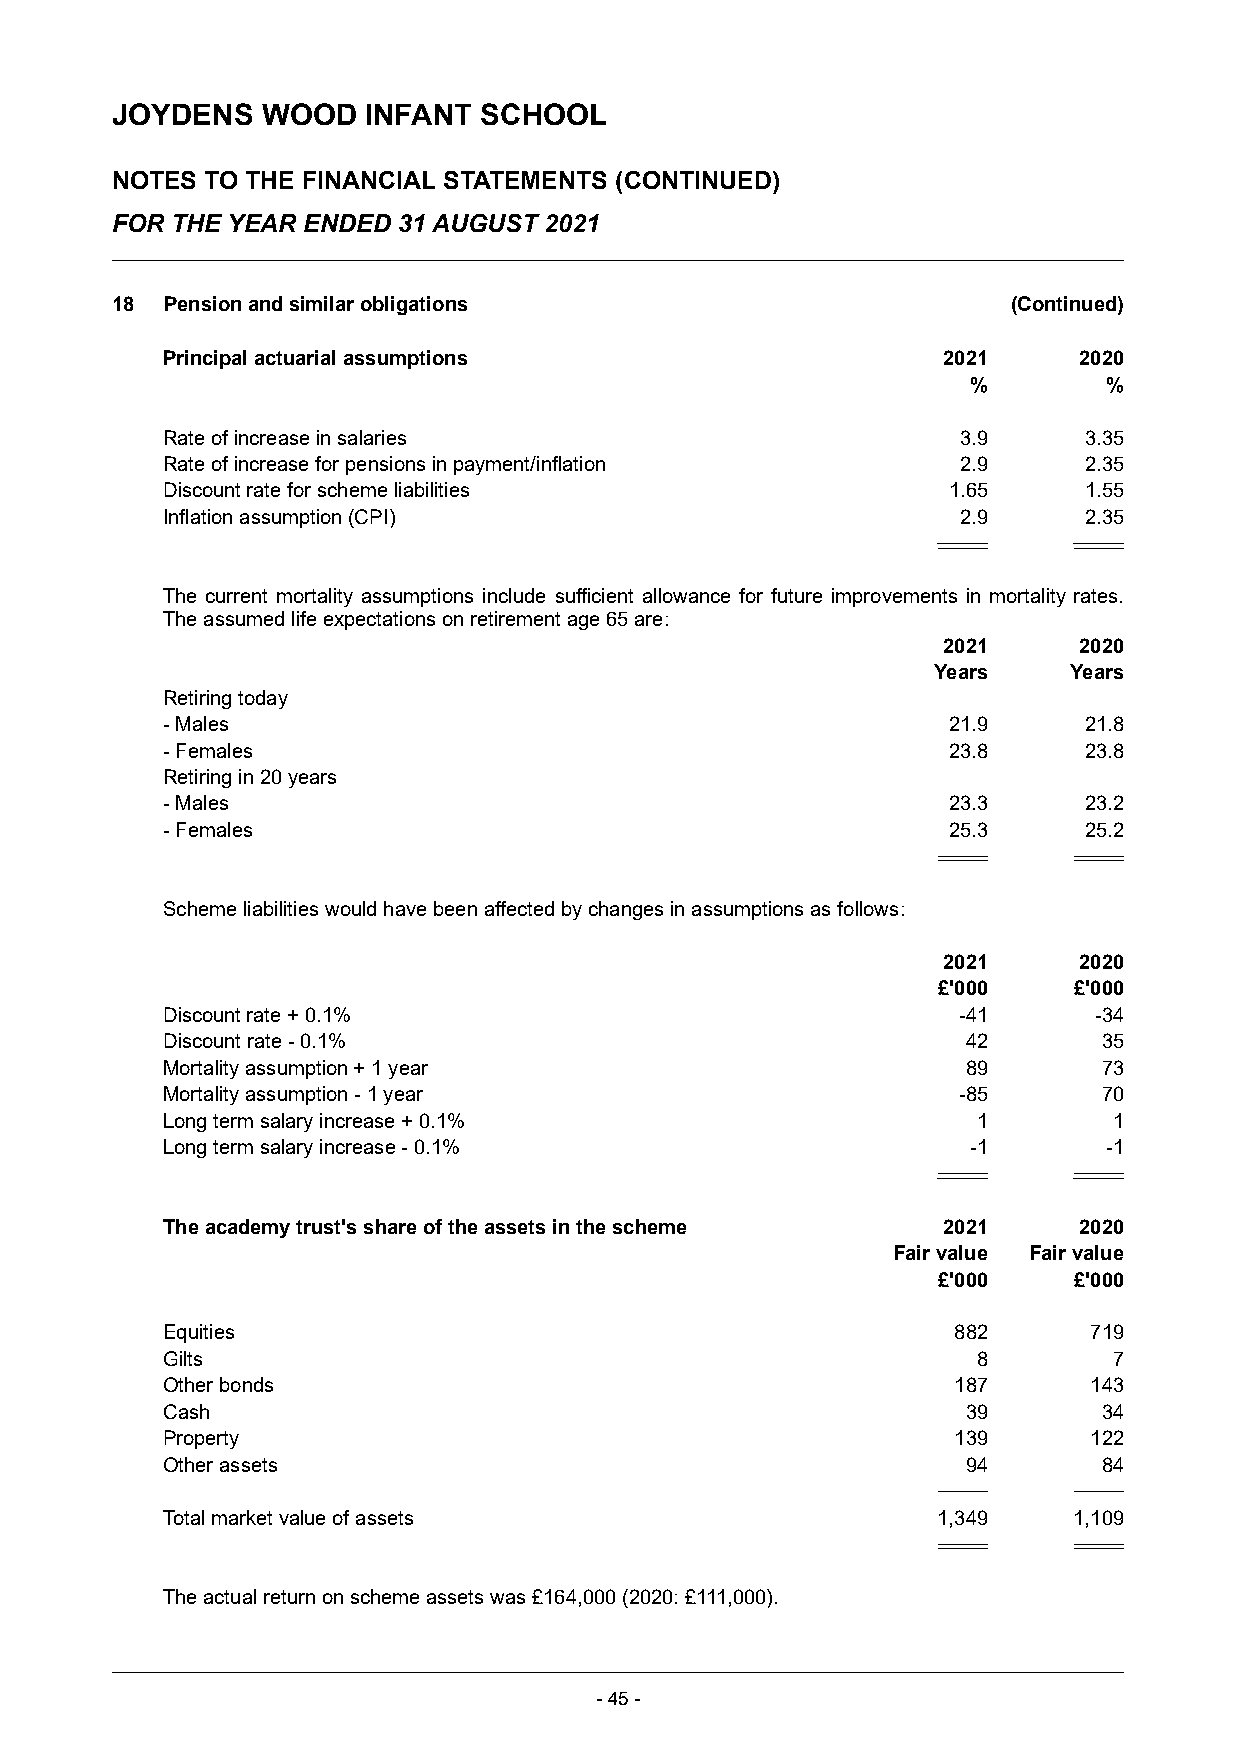
JOYDENS   WOOD   INFANT  SCHOOL
 NOTES  TO THE FINANCIAL STATEMENTS (CONTINUED)
 FOR THE YEAR ENDED 31 AUGUST 2021
 18  Pension and similar obligations                         (Continued)
 Principal actuarial assumptions                    2021     2020
 %        %
 Rate of increase in salaries                         3.9     3.35
 Rate of increase for pensions in payment/inflation   2.9     2.35
 Discount rate for scheme liabilities                1.65     1.55
 Inflation assumption (CPI)                           2.9     2.35
 The current mortality assumptions include sufficient allowance for future improvements in mortality rates.
 The assumed life expectations on retirement age 65 are:
 2021     2020
 Years    Years
 Retiring today
 -Males                                              21.9     21.8
 -Females                                            23.8     23.8
 Retiring in 20 years
 -Males                                              23.3     23.2
 -Females                                            25.3     25.2
 Scheme liabilities would have been affected by changes in assumptions as follows:
 2021     2020
 £'000    £'000
 Discount rate + 0.1%                                -41      -34
 Discount rate -0.1%                                  42       35
 Mortality assumption + 1 year                        89       73
 Mortality assumption -1 year                        -85       70
 Long term salary increase + 0.1%                      1        1
 Long term salary increase -0.1%                      -1       -1
 The academy trust's share of the assets in the scheme 2021  2020
 Fair value Fair value
 £'000    £'000
 Equities                                            882      719
 Gilts                                                 8        7
 Other bonds                                         187      143
 Cash                                                 39       34
 Property                                            139      122
 Other assets                                         94       84
 Total market value of assets                       1,349    1,109
 The actual return on scheme assets was £164,000 (2020: £111,000).
 -45 -